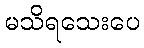
မသိရသေးပေ